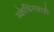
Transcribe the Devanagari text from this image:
स्केचिंगसाठी